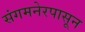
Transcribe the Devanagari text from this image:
संगमनेरपासून